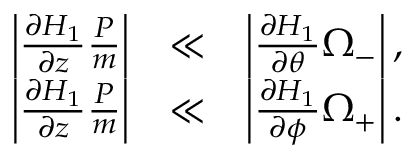
\begin{array} { r l r } { \left| \frac { \partial H _ { 1 } } { \partial z } \frac { P } { m } \right| } & { \ll } & { \left| \frac { \partial H _ { 1 } } { \partial \theta } \Omega _ { - } \right| , } \\ { \left| \frac { \partial H _ { 1 } } { \partial z } \frac { P } { m } \right| } & { \ll } & { \left| \frac { \partial H _ { 1 } } { \partial \phi } \Omega _ { + } \right| . } \end{array}